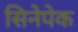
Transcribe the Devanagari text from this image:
सिनेपेक